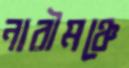
নারীমঞ্চে